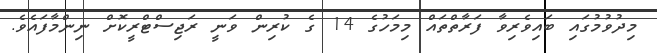
މިދުވުމުގައި ބައިވެރިވާ ފަރާތްތައް މިމަހުގެ 14 ގެ ކުރިން ވަނީ ރަޖިސްޓްރީކޮށް ނިންމާފައެވެ.